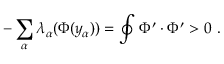
- \sum _ { \alpha } \lambda _ { \alpha } ( \Phi ( y _ { \alpha } ) ) = \oint \Phi ^ { \prime } \cdot \Phi ^ { \prime } > 0 ~ .